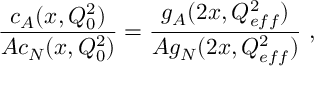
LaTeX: \frac { c _ { A } ( x , Q _ { 0 } ^ { 2 } ) } { A c _ { N } ( x , Q _ { 0 } ^ { 2 } ) } = \frac { g _ { A } ( 2 x , Q _ { e f f } ^ { 2 } ) } { A g _ { N } ( 2 x , Q _ { e f f } ^ { 2 } ) } \ ,